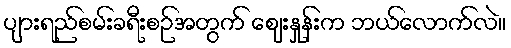
ပျားရည်စမ်းခရီးစဉ်အတွက် ဈေးနှုန်းက ဘယ်လောက်လဲ။